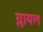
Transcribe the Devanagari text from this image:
ग्लायल